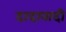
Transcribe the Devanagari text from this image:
दादावादी